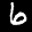
Label: 6